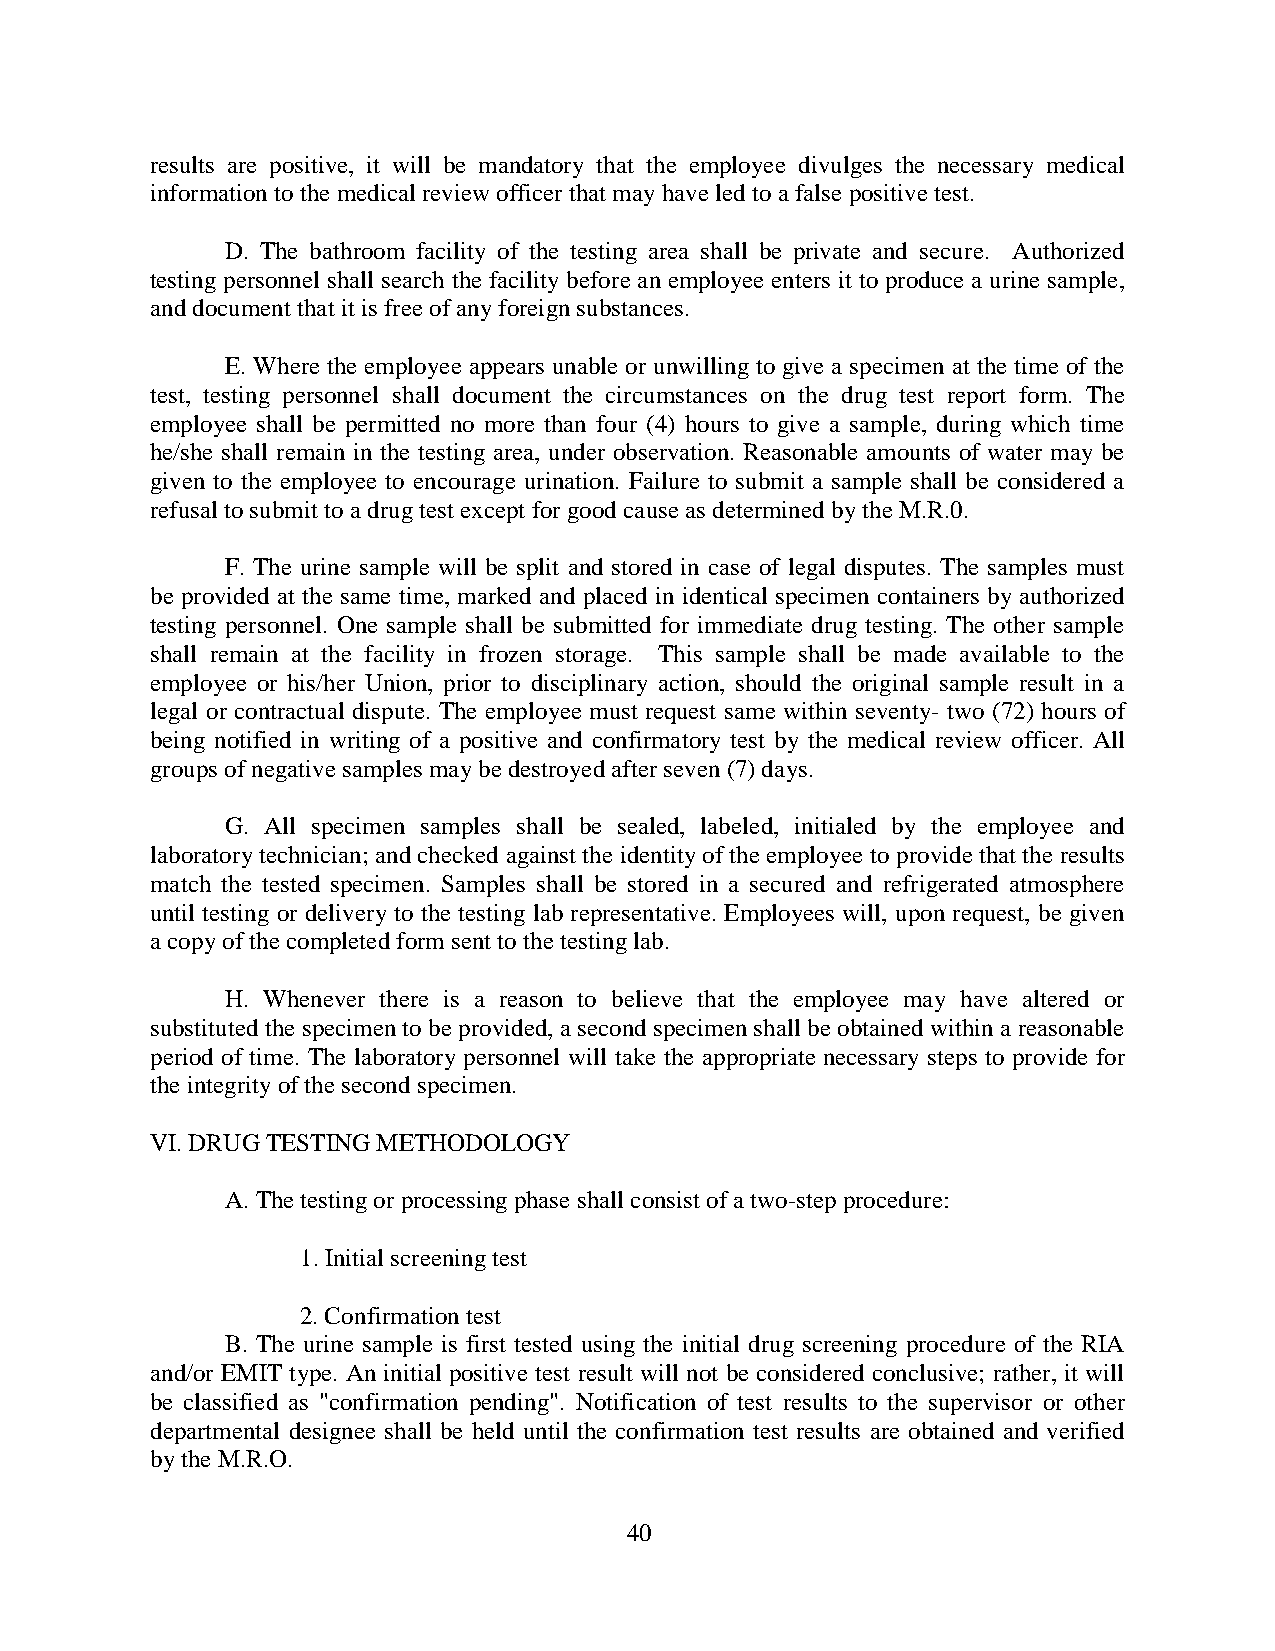
results are positive, it will be mandatory that the employee divulges the necessary medical
 information to the medical review officer that may have led to a false positive test.
 D. The bathroom facility of the testing area shall be private and secure. Authorized
 testing personnel shall search the facility before an employee enters it to produce a urine sample,
 and document that it is free of any foreign substances.
 E. Where the employee appears unable or unwilling to give a specimen at the time of the
 test, testing personnel shall document the circumstances on the drug test report form. The
 employee shall be permitted no more than four (4) hours to give a sample, during which time
 he/she shall remain in the testing area, under observation. Reasonable amounts of water may be
 given to the employee to encourage urination. Failure to submit a sample shall be considered a
 refusal to submit to a drug test except for good cause as determined by the M.R.0.
 F. The urine sample will be split and stored in case of legal disputes. The samples must
 be provided at the same time, marked and placed in identical specimen containers by authorized
 testing personnel. One sample shall be submitted for immediate drug testing. The other sample
 shall remain at the facility in frozen storage. This sample shall be made available to the
 employee or his/her Union, prior to disciplinary action, should the original sample result in a
 legal or contractual dispute. The employee must request same within seventy- two (72) hours of
 being notified in writing of a positive and confirmatory test by the medical review officer. All
 groups of negative samples may be destroyed after seven (7) days.
 G. All specimen samples shall be sealed, labeled, initialed by the employee and
 laboratory technician; and checked against the identity of the employee to provide that the results
 match the tested specimen. Samples shall be stored in a secured and refrigerated atmosphere
 until testing or delivery to the testing lab representative. Employees will, upon request, be given
 a copy of the completed form sent to the testing lab.
 H. Whenever there is a reason to believe that the employee may have altered or
 substituted the specimen to be provided, a second specimen shall be obtained within a reasonable
 period of time. The laboratory personnel will take the appropriate necessary steps to provide for
 the integrity of the second specimen.
 VI. DRUG TESTING METHODOLOGY
 A. The testing or processing phase shall consist of a two-step procedure:
 1. Initial screening test
 2. Confirmation test
 B. The urine sample is first tested using the initial drug screening procedure of the RIA
 and/or EMIT type. An initial positive test result will not be considered conclusive; rather, it will
 be classified as "confirmation pending". Notification of test results to the supervisor or other
 departmental designee shall be held until the confirmation test results are obtained and verified
 by the M.R.O.
 40